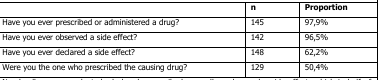
|  | n | Proportion |
 | --- | --- | --- |
 | Have you ever prescribed or administered a drug? | 145 | 97,9% |
 | Have you ever observed a side effect? | 142 | 96,5% |
 | Have you ever declared a side effect? | 148 | 62,2% |
 | Were you the one who prescribed the causing drug? | 129 | 50,4% |